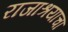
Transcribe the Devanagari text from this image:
राजाश्रयाचा